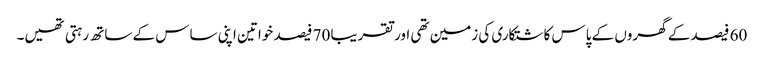
60 فیصد کے گھروں کے پاس کاشتکاری کی زمین تھی اور تقریبا 70 فیصد خواتین اپنی ساس کے ساتھ رہتی تھیں۔